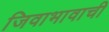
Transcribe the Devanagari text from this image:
जिवाभावाची